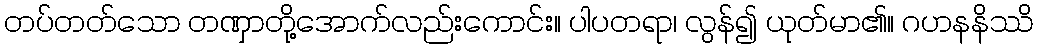
တပ်တတ်သော တဏှာတို့အောက်လည်းကောင်း။ ပါပတရာ၊ လွန်၍ ယုတ်မာ၏။ ဂဟနနိဿိ